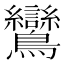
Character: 鸞